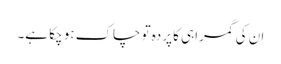
ان کی گمراہی کا پردہ تو چاک ہو چکا ہے۔